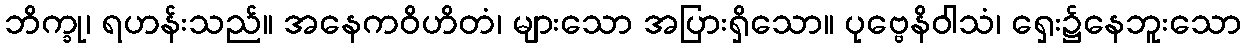
ဘိက္ခု၊ ရဟန်းသည်။ အနေကဝိဟိတံ၊ များသော အပြားရှိသော။ ပုဗ္ဗေနိဝါသံ၊ ရှေး၌နေဘူးသော